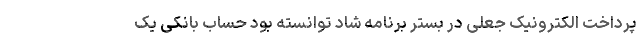
پرداخت الکترونیک جعلی در بستر برنامه شاد توانسته بود حساب بانکی یک